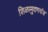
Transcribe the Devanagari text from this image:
शिळामुदणयंत्र